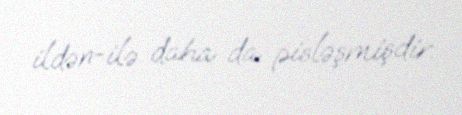
ildən-ilə daha da pisləşmişdir.